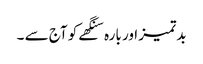
بدتمیز اور بارہ سنگھے کو آج سے ۔